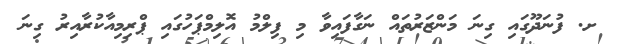
ށ. ފުނަދޫގައި ގިނަ މަންޒަރުތައް ނަގާފައިވާ މި ފިލްމު އޮލިމްޕަހުގައި ޕްރިމިއާކުރާއިރު ގިނަ